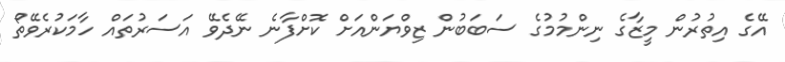
އޭގެ އިތުރުން މީޒާގެ ނިންމުމުގެ ސަބަބުން ޒިވްޔަންއަށް ކޮށްފާނެ ނޭދެވޭ އަސަރުތައް ހާމަކުރެވޭތޯ